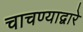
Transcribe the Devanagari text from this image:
चाचण्याद्वारे